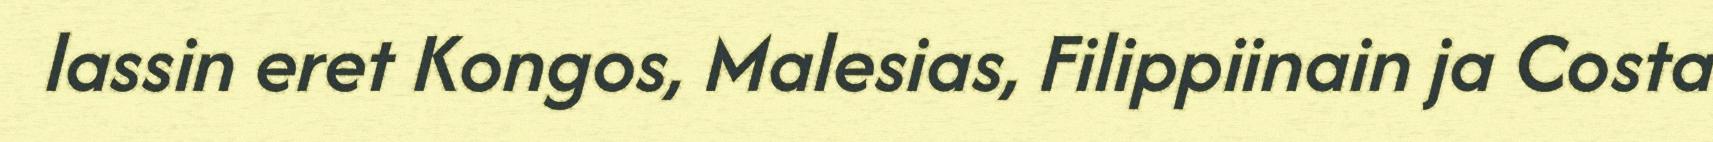
lassin eret Kongos, Malesias, Filippiinain ja Costa